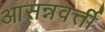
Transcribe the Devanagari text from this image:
आसन्नवर्त्ती